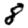
Digit: 8